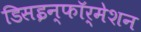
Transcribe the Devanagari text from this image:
डिसइन्फॉर्मेशन